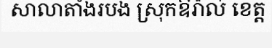
សាលាតាំងរបង ស្រុកឱរ៉ាល់ ខេត្ត